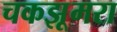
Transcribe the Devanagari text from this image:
चकझूमरा